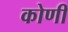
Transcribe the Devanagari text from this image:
कोणीं